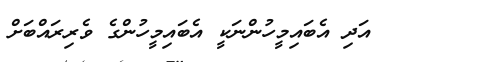
٦٤ އަދި އެބައިމީހުންނަކީ އެބައިމީހުންގެ ވެރިރައްބަށް